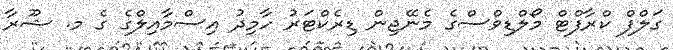
ގަލްފް ކްރާފްޓް މޯލްޑިވްސްގެ މެނޭޖިން ޑިރެކްޓަރު ހާމިދު އިސްމާއިލްގެ ގެ މ. ޝޫރާ